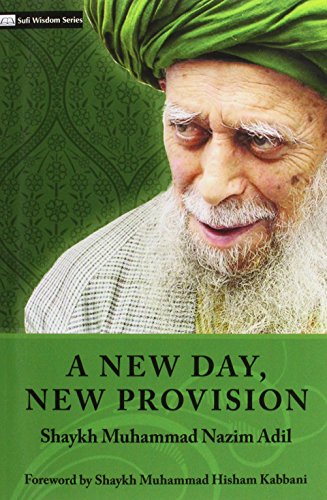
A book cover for A New Day, New Provision; Shaykh Muhammad Nazim Adil; Religion & Spirituality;